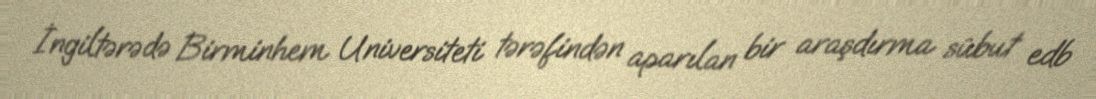
İngiltərədə Birminhem Universiteti tərəfindən aparılan bir araşdırma sübut edb